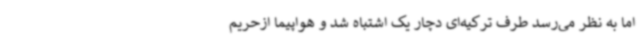
اما به نظر می‌رسد طرف ترکیه‌ای دچار یک اشتباه شد و هواپیما ازحریم